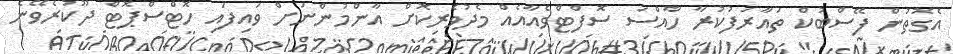
އެގޮތުން ފޭސްބުކް ތައާރަފުކުރާ ހާއްސަ ސޮފްޓްވެއާއެއް މެދުވެރިކޮށް އާންމުންނަށް ވައިފައި ހޮޓްސްޕޮޓް ދޫކުރެވޭނެ